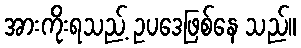
အားကိုးရသည့် ဥပဒေဖြစ်နေ သည်။